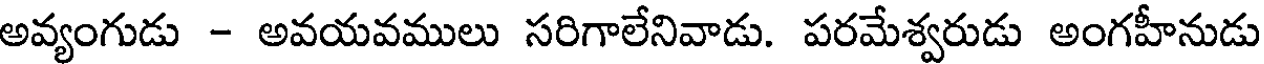
అవ్యంగుడు - అవయవములు సరిగాలేనివాడు. పరమేశ్వరుడు అంగహీనుడు